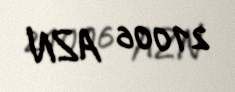
21006 AZN